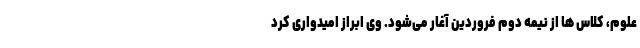
علوم، کلاس ها از نیمه دوم فروردین آغار می‌شود. وی ابراز امیدواری کرد